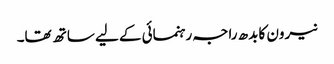
نیرون کا بدھ راجہ رہنمائی کے لیے ساتھ تھا۔